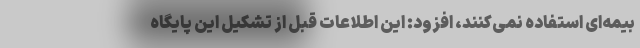
بیمه‌ای استفاده نمی‌کنند، افزود: این اطلاعات قبل از تشکیل این پایگاه